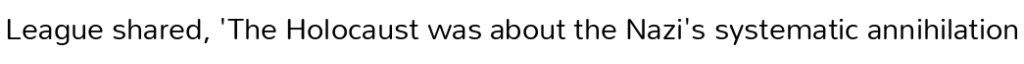
League shared, 'The Holocaust was about the Nazi's systematic annihilation